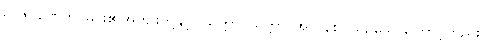
ရာဇဂုဏေဟိ၊ မင်း၏အကျိုးတို့နှင့်။ ယုတ္တာပယုတ္တာ၊ အလွန်စပ်ယှဉ်သောကြောင့်တည်း။